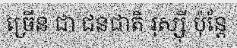
ច្រើន ជា ជនជាតិ រុស្ស៊ី ប៉ុន្តែ